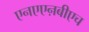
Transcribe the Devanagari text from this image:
एनएएऩबीएच